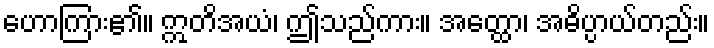
ဟောကြား၏။ ဣတိအယံ၊ ဤသည်ကား။ အတ္ထော၊ အဓိပ္ပာယ်တည်း။